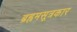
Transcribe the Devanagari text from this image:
ब्रह्रमसूत्रकार